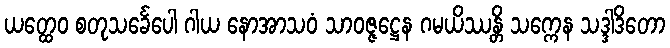
ယတ္ထေဝ စတုသင်္ခေပေါ ဂါယ နောအာသဝံ သာဝဇ္ဇဋ္ဌေန ဂမယိဿန္တိ သက္ကေန သဒ္ဒါဒိတော